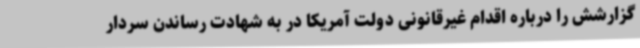
گزارشش را درباره اقدام غیرقانونی دولت آمریکا در به شهادت رساندن سردار